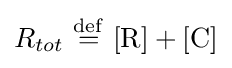
R_{tot}\ {\stackrel {\mathrm {def} }{=}}\ [{\mathrm {R} }]+[{\mathrm {C} }]